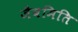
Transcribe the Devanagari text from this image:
जैवमिति